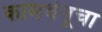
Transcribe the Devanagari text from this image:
कामधेनूचा